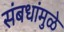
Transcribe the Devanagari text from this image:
संबधांमुळे